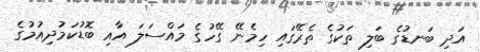
އަދި ބަނޑުގެ ބަލި ތަކުގެ ތެރޭގައި ހިމެނޭ ގޭހުގެ މައްސަލަ އާއި ބޮޑުކަމުދިއުމުގެ